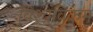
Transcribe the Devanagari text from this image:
विश्‍वविक्रम